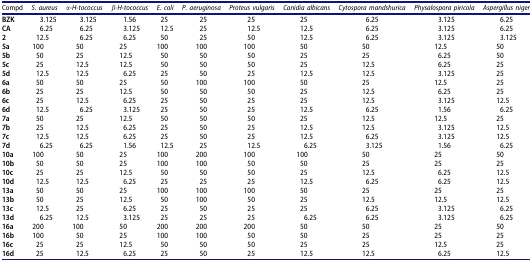
<table><thead><tr><td><b>Compd</b></td><td><b><i>S. aureus</i></b></td><td><b><i>α-H</i><i>-tococcus</i></b></td><td><b><i>β-H</i><i>-tococcus</i></b></td><td><b><i>E. coli</i></b></td><td><b><i>P. aeruginosa</i></b></td><td><b><i>Proteus vulgaris</i></b></td><td><b><i>Canidia albicans</i></b></td><td><b><i>Cytospora mandshurica</i></b></td><td><b><i>Physalospora piricola</i></b></td><td><b><i>Aspergillus niger</i></b></td></tr></thead><tbody><tr><td><b>BZK</b></td><td>3.125</td><td>3.125</td><td>1.56</td><td>25</td><td>25</td><td>25</td><td>25</td><td>6.25</td><td>3.125</td><td>6.25</td></tr><tr><td><b>CA</b></td><td>6.25</td><td>6.25</td><td>3.125</td><td>12.5</td><td>25</td><td>12.5</td><td>12.5</td><td>6.25</td><td>3.125</td><td>6.25</td></tr><tr><td><b>2</b></td><td>12.5</td><td>6.25</td><td>6.25</td><td>50</td><td>25</td><td>50</td><td>12.5</td><td>6.25</td><td>3.125</td><td>3.125</td></tr><tr><td><b>5a</b></td><td>100</td><td>50</td><td>25</td><td>100</td><td>100</td><td>100</td><td>50</td><td>50</td><td>12.5</td><td>50</td></tr><tr><td><b>5b</b></td><td>50</td><td>25</td><td>12.5</td><td>50</td><td>50</td><td>50</td><td>25</td><td>25</td><td>6.25</td><td>50</td></tr><tr><td><b>5c</b></td><td>25</td><td>12.5</td><td>12.5</td><td>50</td><td>50</td><td>50</td><td>25</td><td>12.5</td><td>6.25</td><td>25</td></tr><tr><td><b>5d</b></td><td>12.5</td><td>12.5</td><td>6.25</td><td>25</td><td>50</td><td>25</td><td>12.5</td><td>12.5</td><td>3.125</td><td>25</td></tr><tr><td><b>6a</b></td><td>50</td><td>50</td><td>25</td><td>50</td><td>100</td><td>100</td><td>50</td><td>25</td><td>12.5</td><td>25</td></tr><tr><td><b>6b</b></td><td>25</td><td>25</td><td>12.5</td><td>50</td><td>50</td><td>50</td><td>25</td><td>12.5</td><td>6.25</td><td>25</td></tr><tr><td><b>6c</b></td><td>25</td><td>12.5</td><td>6.25</td><td>25</td><td>50</td><td>25</td><td>25</td><td>12.5</td><td>3.125</td><td>12.5</td></tr><tr><td><b>6d</b></td><td>12.5</td><td>6.25</td><td>3.125</td><td>25</td><td>50</td><td>25</td><td>12.5</td><td>6.25</td><td>1.56</td><td>6.25</td></tr><tr><td><b>7a</b></td><td>50</td><td>25</td><td>12.5</td><td>50</td><td>50</td><td>50</td><td>25</td><td>12.5</td><td>12.5</td><td>25</td></tr><tr><td><b>7b</b></td><td>25</td><td>12.5</td><td>6.25</td><td>25</td><td>50</td><td>25</td><td>12.5</td><td>12.5</td><td>3.125</td><td>12.5</td></tr><tr><td><b>7c</b></td><td>12.5</td><td>12.5</td><td>6.25</td><td>25</td><td>50</td><td>25</td><td>12.5</td><td>6.25</td><td>3.125</td><td>12.5</td></tr><tr><td><b>7d</b></td><td>6.25</td><td>6.25</td><td>1.56</td><td>12.5</td><td>25</td><td>12.5</td><td>6.25</td><td>3.125</td><td>1.56</td><td>6.25</td></tr><tr><td><b>10a</b></td><td>100</td><td>50</td><td>25</td><td>100</td><td>200</td><td>100</td><td>100</td><td>50</td><td>25</td><td>50</td></tr><tr><td><b>10b</b></td><td>50</td><td>50</td><td>25</td><td>100</td><td>100</td><td>50</td><td>50</td><td>25</td><td>25</td><td>25</td></tr><tr><td><b>10c</b></td><td>25</td><td>25</td><td>12.5</td><td>50</td><td>50</td><td>50</td><td>25</td><td>12.5</td><td>6.25</td><td>12.5</td></tr><tr><td><b>10d</b></td><td>12.5</td><td>12.5</td><td>6.25</td><td>25</td><td>25</td><td>25</td><td>12.5</td><td>6.25</td><td>6.25</td><td>12.5</td></tr><tr><td><b>13a</b></td><td>50</td><td>50</td><td>25</td><td>100</td><td>100</td><td>100</td><td>50</td><td>25</td><td>25</td><td>25</td></tr><tr><td><b>13b</b></td><td>50</td><td>25</td><td>12.5</td><td>50</td><td>100</td><td>50</td><td>25</td><td>12.5</td><td>12.5</td><td>12.5</td></tr><tr><td><b>13c</b></td><td>12.5</td><td>25</td><td>6.25</td><td>25</td><td>50</td><td>25</td><td>25</td><td>6.25</td><td>3.125</td><td>6.25</td></tr><tr><td><b>13d</b></td><td>6.25</td><td>12.5</td><td>3.125</td><td>25</td><td>25</td><td>25</td><td>6.25</td><td>6.25</td><td>3.125</td><td>6.25</td></tr><tr><td><b>16a</b></td><td>200</td><td>100</td><td>50</td><td>200</td><td>200</td><td>200</td><td>50</td><td>50</td><td>25</td><td>50</td></tr><tr><td><b>16b</b></td><td>100</td><td>50</td><td>25</td><td>100</td><td>100</td><td>50</td><td>50</td><td>25</td><td>25</td><td>25</td></tr><tr><td><b>16c</b></td><td>25</td><td>25</td><td>12.5</td><td>50</td><td>50</td><td>50</td><td>25</td><td>25</td><td>12.5</td><td>25</td></tr><tr><td><b>16d</b></td><td>25</td><td>12.5</td><td>6.25</td><td>25</td><td>50</td><td>25</td><td>12.5</td><td>12.5</td><td>6.25</td><td>12.5</td></tr></tbody></table>